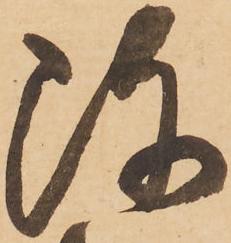
改